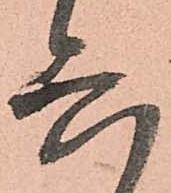
六